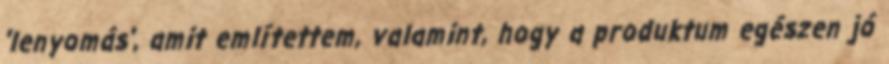
'lenyomás', amit említettem, valamint, hogy a produktum egészen jó